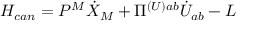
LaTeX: H _ { c a n } = P ^ { M } \dot { X } _ { M } + \Pi ^ { ( U ) a b } \dot { U } _ { a b } - L